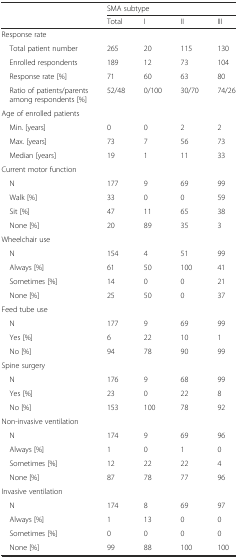
| <ROWSPAN=2>  | <COLSPAN=4> SMA subtype |
 | Total | I | II | III |
 | --- | --- | --- | --- | --- |
 | Response rate | <COLSPAN=4>  |
 | Total patient number | 265 | 20 | 115 | 130 |
 | Enrolled respondents | 189 | 12 | 73 | 104 |
 | Response rate [%] | 71 | 60 | 63 | 80 |
 | Ratio of patients/parents among respondents [%] | 52/48 | 0/100 | 30/70 | 74/26 |
 | Age of enrolled patients | <COLSPAN=4>  |
 | Min. [years] | 0 | 0 | 2 | 2 |
 | Max. [years] | 73 | 7 | 56 | 73 |
 | Median [years] | 19 | 1 | 11 | 33 |
 | Current motor function |  |  |  |  |
 | N | 177 | 9 | 69 | 99 |
 | Walk [%] | 33 | 0 | 0 | 59 |
 | Sit [%] | 47 | 11 | 65 | 38 |
 | None [%] | 20 | 89 | 35 | 3 |
 | Wheelchair use |  |  |  |  |
 | N | 154 | 4 | 51 | 99 |
 | Always [%] | 61 | 50 | 100 | 41 |
 | Sometimes [%] | 14 | 0 | 0 | 21 |
 | None [%] | 25 | 50 | 0 | 37 |
 | Feed tube use |  |  |  |  |
 | N | 177 | 9 | 69 | 99 |
 | Yes [%] | 6 | 22 | 10 | 1 |
 | No [%] | 94 | 78 | 90 | 99 |
 | Spine surgery |  |  |  |  |
 | N | 176 | 9 | 68 | 99 |
 | Yes [%] | 23 | 0 | 22 | 8 |
 | No [%] | 153 | 100 | 78 | 92 |
 | Non-invasive ventilation |  |  |  |  |
 | N | 174 | 9 | 69 | 96 |
 | Always [%] | 1 | 0 | 1 | 0 |
 | Sometimes [%] | 12 | 22 | 22 | 4 |
 | None [%] | 87 | 78 | 77 | 96 |
 | Invasive ventilation |  |  |  |  |
 | N | 174 | 8 | 69 | 97 |
 | Always [%] | 1 | 13 | 0 | 0 |
 | Sometimes [%] | 0 | 0 | 0 | 0 |
 | None [%] | 99 | 88 | 100 | 100 |